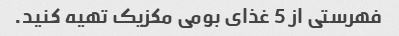
فهرستی از 5 غذای بومی مکزیک تهیه کنید.